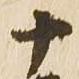
十